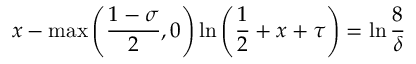
x - \operatorname* { m a x } \left( { \frac { 1 - \sigma } { 2 } } , 0 \right) \ln \left( { \frac { 1 } { 2 } } + x + \tau \right) = \ln { \frac { 8 } { \delta } }